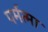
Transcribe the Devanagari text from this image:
पर्मत्मा